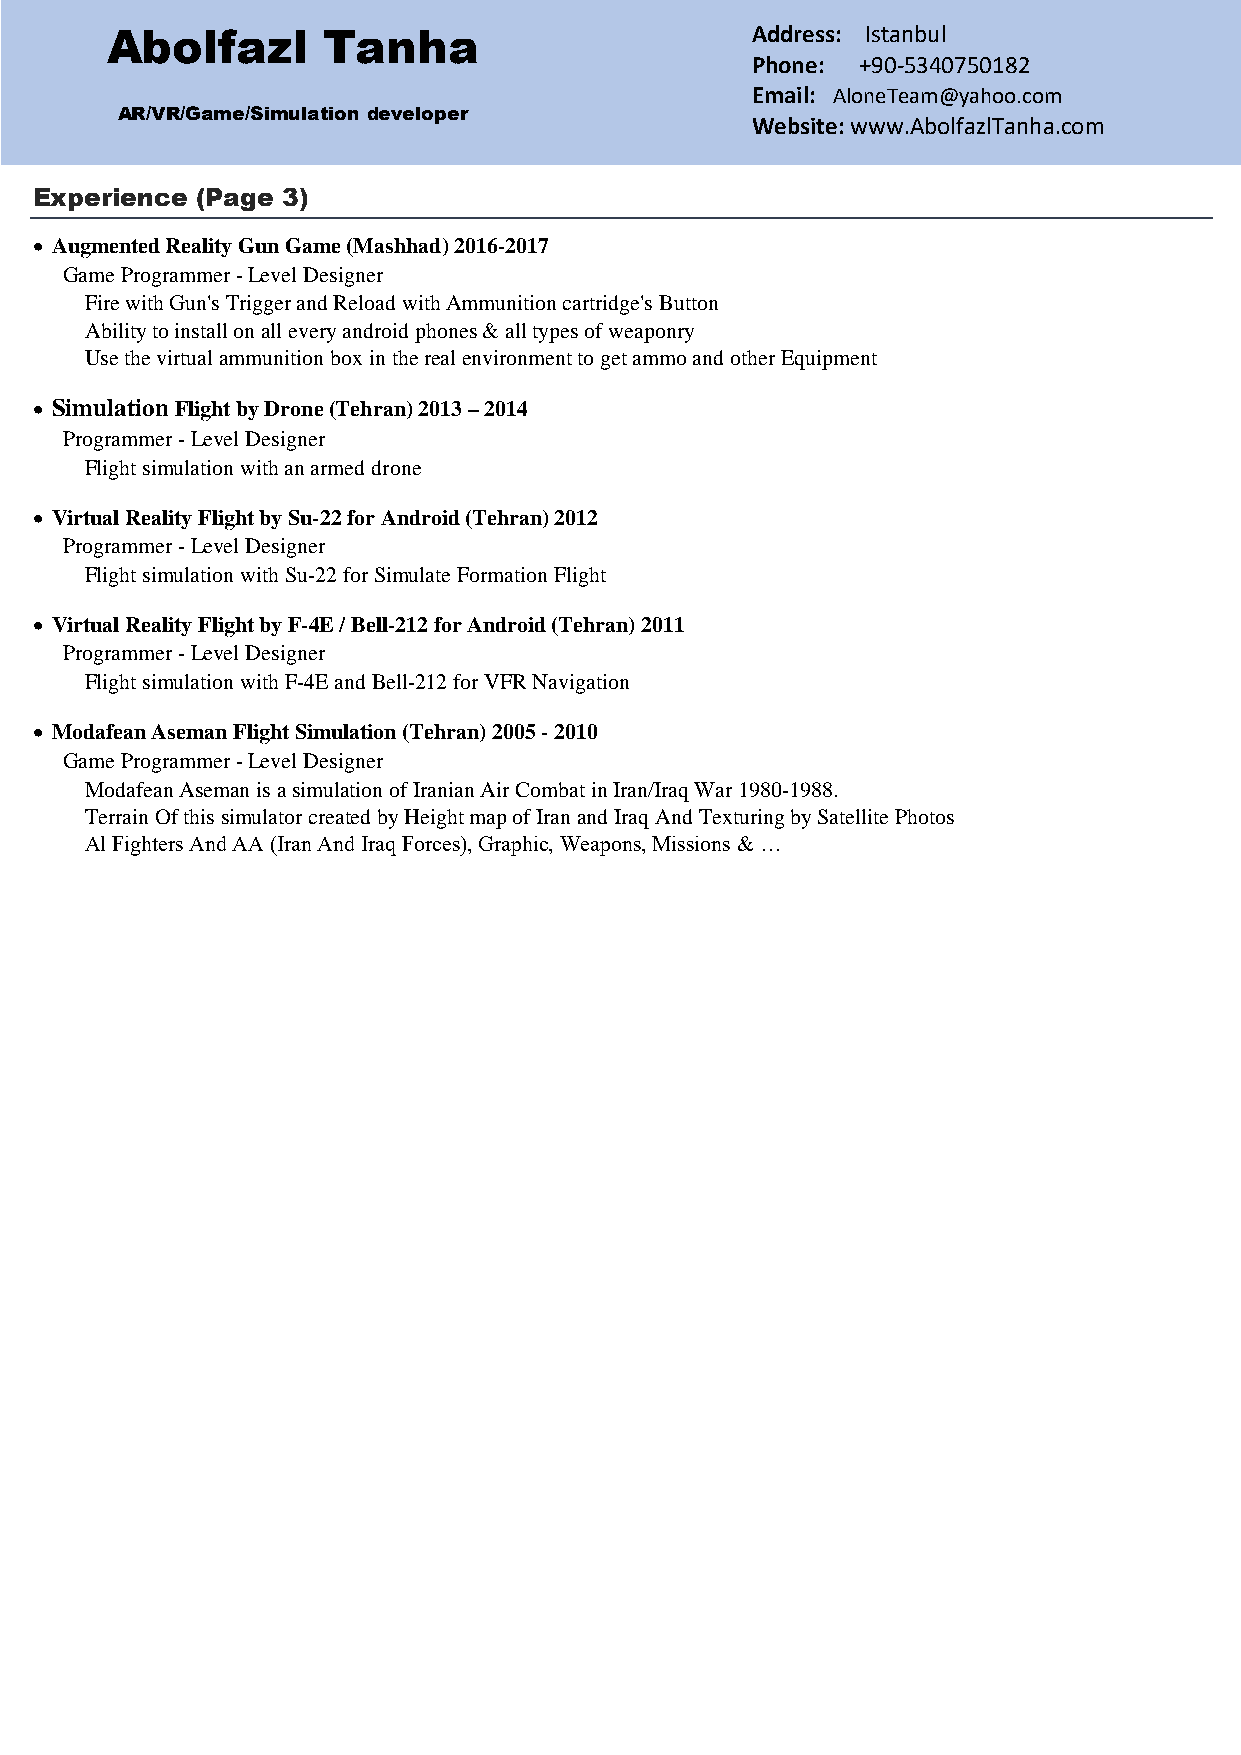
Abolfazl      Tanha                        Address: Istanbul
 Phone: +90-5340750182
 Email: AloneTeam@yahoo.com
 AR/VR/Game/Simulation developer
 Website: www.AbolfazlTanha.com
 Experience (Page 3)
  Augmented Reality Gun Game (Mashhad) 2016-2017
 Game Programmer - Level Designer
 Fire with Gun's Trigger and Reload with Ammunition cartridge's Button
 Ability to install on all every android phones & all types of w eaponry
 Use the virtual ammunition box in the real environment to get ammo and other Equipment
  Simulation Flight by Drone (Tehran) 2013 – 2014
 Programmer - Level Designer
 Flight simulation with an armed drone
  Virtual Reality Flight by Su-22 for Android (Tehran) 2012
 Programmer - Level Designer
 Flight simulation with Su-22 for Simulate Formation Flight
  Virtual Reality Flight by F-4E / Bell-212 for Android (Tehran) 2011
 Programmer - Level Designer
 Flight simulation with F-4E and Bell-212 for VFR Navigation
  Modafean Aseman Flight Simulation (Tehran) 2005 - 2010
 Game Programmer - Level Designer
 Modafean Aseman is a simulation of Iranian Air Combat in Ir an/Iraq War 1980-1988.
 Terrain Of this simulator created by Height map of Iran and Iraq And Texturing by Satellite Photos
 Al Fighters And AA (Iran And Iraq Forces), Graphic, Weapo ns, Missions & …